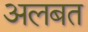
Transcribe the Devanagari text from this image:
अलबत